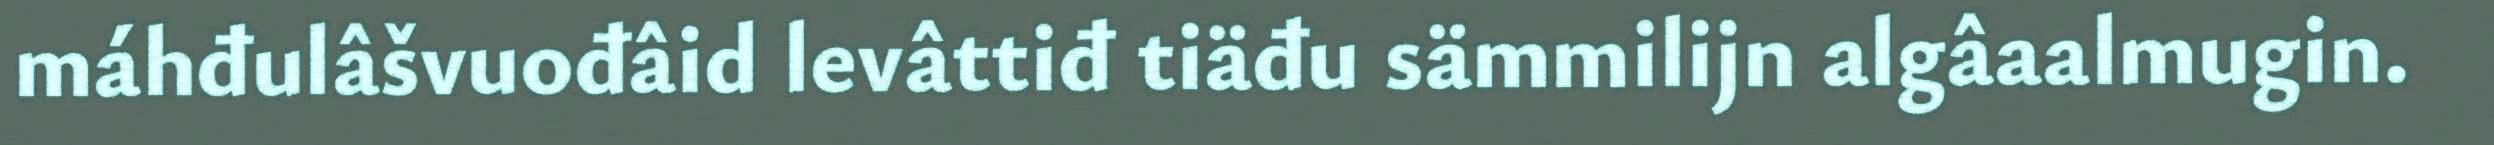
máhđulâšvuođâid levâttiđ tiäđu sämmilijn algâaalmugin.